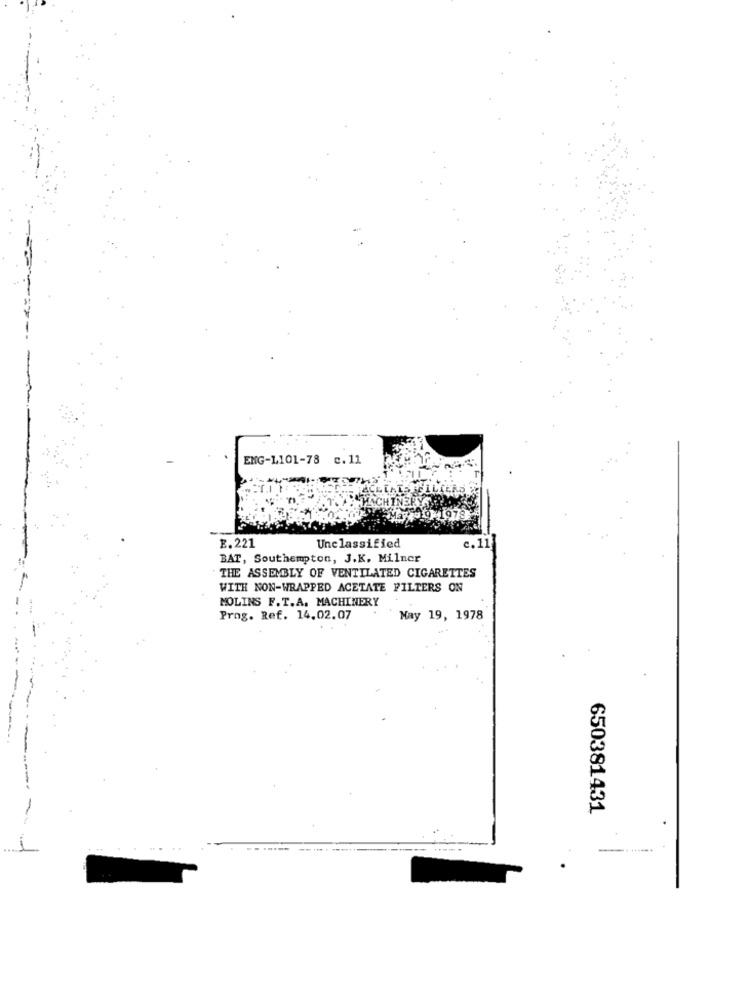
ENG-1101-78
c. 11
Unclassified
E.221
c.11
BAT, Southampton, J.K. Milner
THE ASSEMBLY OF VENTILATED CIGARETTES
WITH NON-WRAPPED ACETATE FILTERS ON
MOLINS F. T.A. MACHINERY
Prog. Ref. 14.02.07
May 19, 1978
650381431
---
.
-- -----